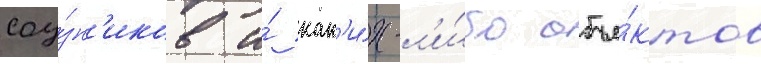
соу́зн'иков и́ как'и́х-л'и́бо объе́ктов